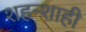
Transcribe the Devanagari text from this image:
शहन्शाही